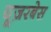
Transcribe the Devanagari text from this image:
यूज़रबेस